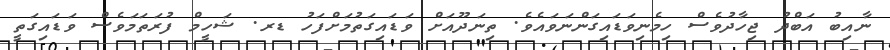
ނާއިބު އަބްދު ޖިހާދުވެސް ހިމެނިވަޑައިގަންނަވައެވެ. ތިނަދޫއަށް ވަޑައިގަތުމަށްފަހު ޑރ. ޝަހީމް ފުރަތަމަވެސް ވަޑައިގަތީ